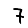
Digit: 7